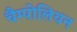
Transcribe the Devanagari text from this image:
चैम्पोलियन